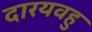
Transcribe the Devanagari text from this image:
दारयवहु